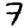
Digit: 7